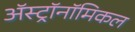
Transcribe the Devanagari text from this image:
अॅस्ट्रॉनॉमिकल